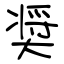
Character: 奨